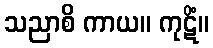
သညာစိ ကာယ။ ကုဋိံ။